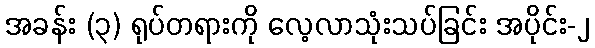
အခန်း (၃) ရုပ်တရားကို လေ့လာသုံးသပ်ခြင်း အပိုင်း-၂